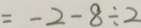
= - 2 - 8 \div 2